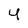
Character: 4